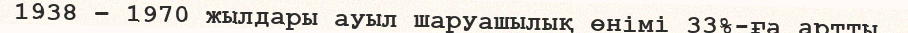
1938 – 1970 жылдары ауыл шаруашылық өнімі 33%-ға артты.